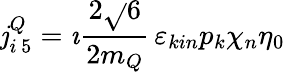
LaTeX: \mathit{j}_{i\, 5}^{Q}=\imath\frac{{2\sqrt{}{{6}}}}{{2m_{Q}}}\, \varepsilon_{kin}p_{k}\chi_{n}\eta_{0}